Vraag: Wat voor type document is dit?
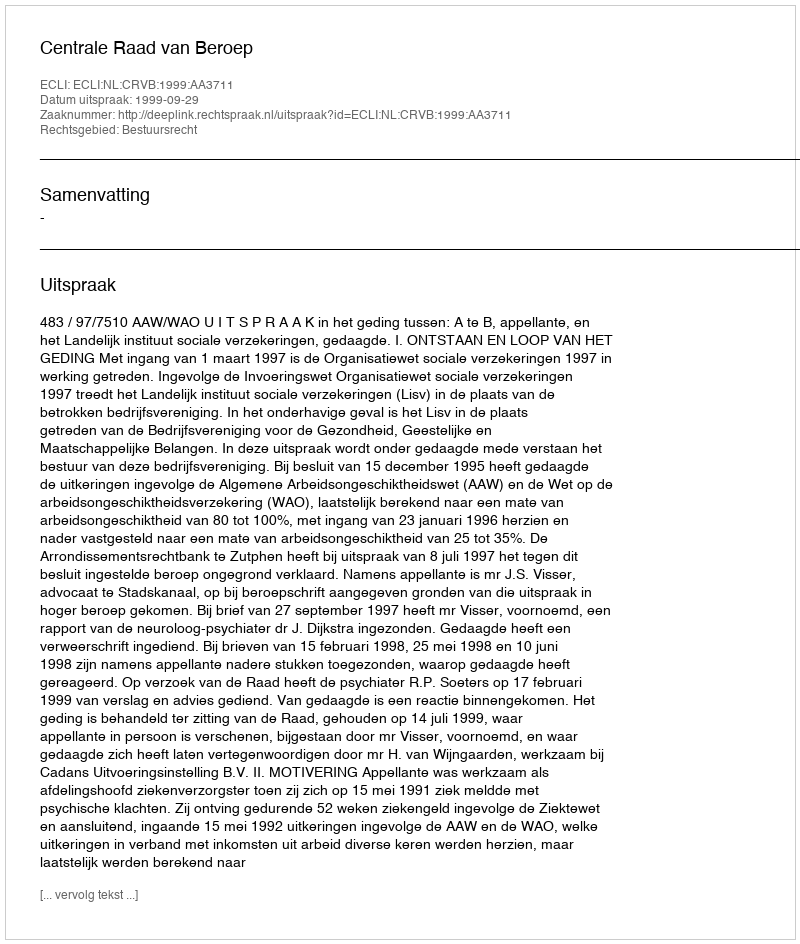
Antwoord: Uitspraak